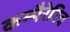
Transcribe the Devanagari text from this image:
कम्पैरेटिव